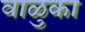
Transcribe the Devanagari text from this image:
वाळुका